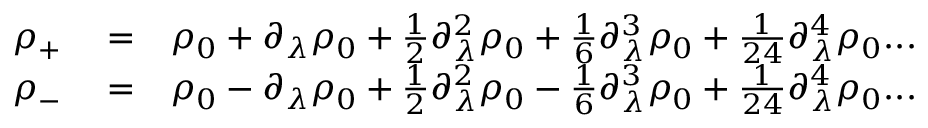
\begin{array} { r l r } { \rho _ { + } } & { { } = } & { \rho _ { 0 } + \partial _ { \lambda } \rho _ { 0 } + \frac { 1 } { 2 } \partial _ { \lambda } ^ { 2 } \rho _ { 0 } + \frac { 1 } { 6 } \partial _ { \lambda } ^ { 3 } \rho _ { 0 } + \frac { 1 } { 2 4 } \partial _ { \lambda } ^ { 4 } \rho _ { 0 } . . . } \\ { \rho _ { - } } & { { } = } & { \rho _ { 0 } - \partial _ { \lambda } \rho _ { 0 } + \frac { 1 } { 2 } \partial _ { \lambda } ^ { 2 } \rho _ { 0 } - \frac { 1 } { 6 } \partial _ { \lambda } ^ { 3 } \rho _ { 0 } + \frac { 1 } { 2 4 } \partial _ { \lambda } ^ { 4 } \rho _ { 0 } . . . } \end{array}